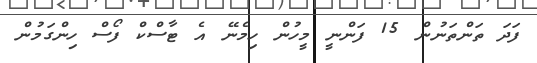
ފަދަ ތަންތަނުން 15 ފަންނީ މީހުން ހިމެނޭ އެ ޓާސްކް ފޯސް ހިންގަމުން